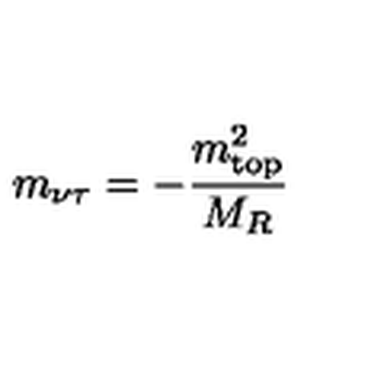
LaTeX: m _ { \nu \tau } = - \frac { m _ { \mathrm { t o p } } ^ { 2 } } { M _ { R } }